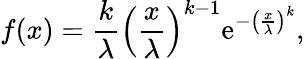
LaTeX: f(x)=\frac{k}{\lambda}\left(\frac{x}{\lambda}\right)^{k-1}\textrm{e}^{-\left(\frac{x}{\lambda}\right)^{k}},